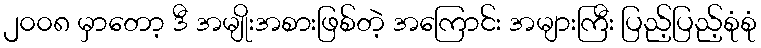
၂၀၀၈ မှာတော့ ဒီ အမျိုးအစားဖြစ်တဲ့ အကြောင်း အများကြီး ပြည့်ပြည့်စုံစုံ